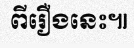
ពីរឿងនេះ៕